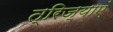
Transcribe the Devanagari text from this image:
त्रिज्याएं